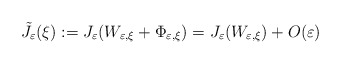
\begin{align*}\tilde{J}_{\varepsilon}(\xi):=J_{\varepsilon}(W_{\varepsilon,\xi}+\Phi_{\varepsilon,\xi})=J_{\varepsilon}(W_{\varepsilon,\xi})+O(\varepsilon)\end{align*}